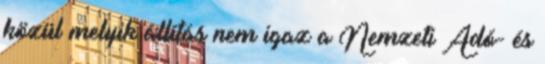
közül melyik állítás nem igaz a Nemzeti Adó- és